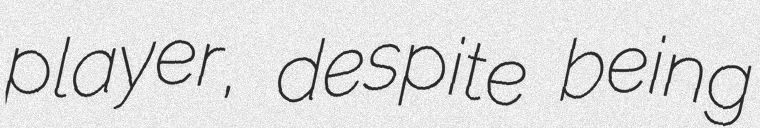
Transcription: player, despite being